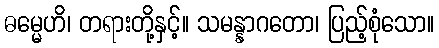
ဓမ္မေဟိ၊ တရားတို့နှင့်။ သမန္နာဂတော၊ ပြည့်စုံသော။